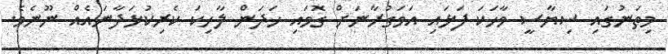
މިތަނުގައި ސިޔާސީ ވާހަކަ ފަޅައި އަވަގުރާނަށް ގޮވައި ހަދަން ލާހިކަ ކެރިކުޅަދާނައެއް ނޫނެވެ.